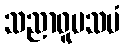
သညာဝူပသမံ